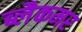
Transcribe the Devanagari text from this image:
ब्लैकमर